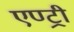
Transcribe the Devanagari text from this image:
एण्ट्री